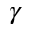
\gamma